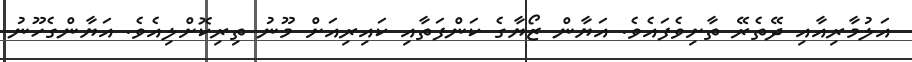
އަލުމާރިއާއި ދޭތެރޭ ތާށިވެފައެވެ. އަޔާން ޒޯޔާގެ ކަންފަތާއި ކައިރިއަށް މޫނު ތިރިކޮށްލިއެވެ. އަޔާންގެހޫނު